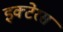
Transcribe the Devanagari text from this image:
इक्टेरस